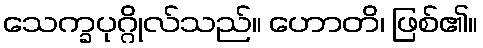
သေက္ခပုဂ္ဂိုလ်သည်။ ဟောတိ၊ ဖြစ်၏။